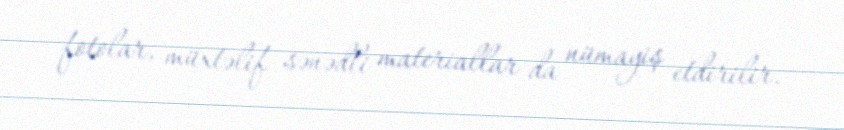
fotolar, müxtəlif sənədli materiallar da nümayiş etdirilir.